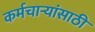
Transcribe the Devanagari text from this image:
कर्मचार्‍यांसाठी